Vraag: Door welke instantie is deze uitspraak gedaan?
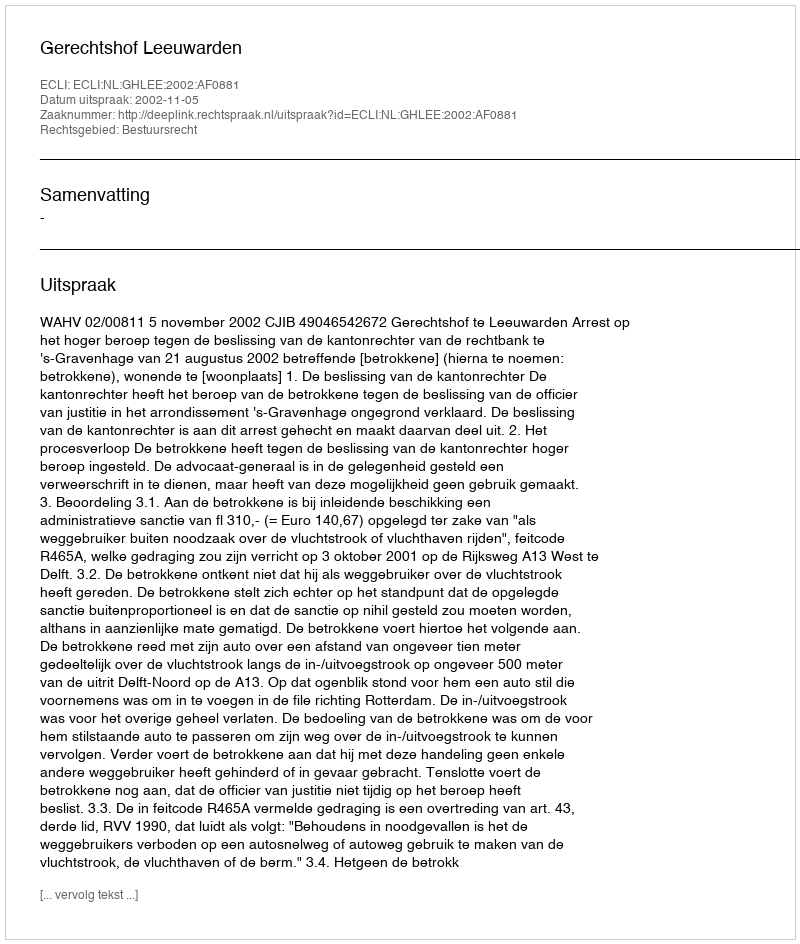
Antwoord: Gerechtshof Leeuwarden